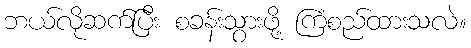
ဘယ်လိုဆက်ပြီး စခန်းသွားဖို့ ကြံစည်ထားသလဲ။